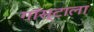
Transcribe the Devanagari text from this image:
गॉस्टाला